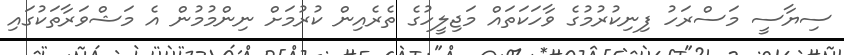
ސިޔާސީ މަސްރަހު ފިނިކުރުމުގެ ވާހަކަތައް މަޖިލީހުގެ ތެރެއިން ކުރުމަށް ނިންމުމުން އެ މަޝްވަރާތަކުގައި